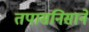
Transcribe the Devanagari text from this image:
तपासनिसाने